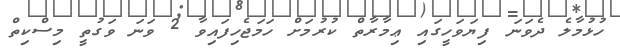
ހުޅުމާލެ ދެވަނަ ފިޔަވަހީގައި ޢިމާރާތް ކުރުމަށް ހަމަޖެހިފައިވާ 2 ވަނަ ވަގުތީ މިސްކިތް